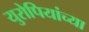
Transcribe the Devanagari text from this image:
युरोपियांच्या